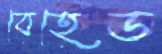
বেহেড